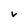
Character: v